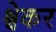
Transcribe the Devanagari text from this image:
श्वेकर